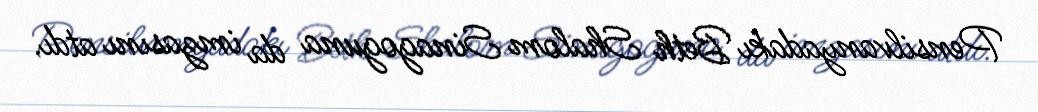
Pensilvanyadakı Beth Shalom Sinagoguna da imzasını atdı.